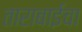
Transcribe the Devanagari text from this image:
ताराबाईचा